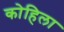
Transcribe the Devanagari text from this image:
कोहिला